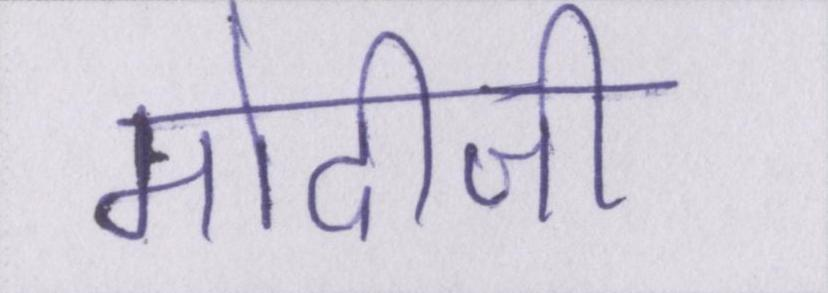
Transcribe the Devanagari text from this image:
मोदीजी